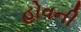
હોવની